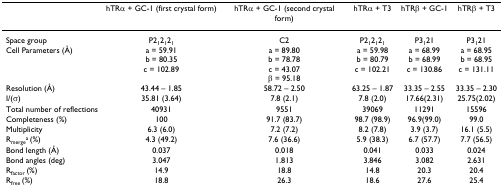
<table><thead><tr><td></td><td><b>hTRα + GC-1 (first crystal form)</b></td><td><b>hTRα + GC-1 (second crystal form)</b></td><td><b>hTRα + T3</b></td><td><b>hTRβ + GC-1</b></td><td><b>hTRβ + T3</b></td></tr></thead><tbody><tr><td>Space group</td><td>P2<sub>1</sub>2<sub>1</sub>2<sub>1</sub></td><td>C2</td><td>P2<sub>1</sub>2<sub>1</sub>2<sub>1</sub></td><td>P3<sub>1</sub>21</td><td>P3<sub>1</sub>21</td></tr><tr><td>Cell Parameters (Å)</td><td>a = 59.91b = 80.35c = 102.89</td><td>a = 89.80b = 78.78c = 43.07β = 95.18</td><td>a = 59.98b = 80.79c = 102.21</td><td>a = 68.99b = 68.99c = 130.86</td><td>a = 68.95b = 68.95c = 131.11</td></tr><tr><td>Resolution (Å)</td><td>43.44 – 1.85</td><td>58.72 – 2.50</td><td>63.25 – 1.87</td><td>33.35 – 2.55</td><td>33.35 – 2.30</td></tr><tr><td>I/(σ)</td><td>35.81 (3.64)</td><td>7.8 (2.1)</td><td>7.8 (2.0)</td><td>17.66(2.31)</td><td>25.75(2.02)</td></tr><tr><td>Total number of reflections</td><td>40931</td><td>9551</td><td>39069</td><td>11291</td><td>15596</td></tr><tr><td>Completeness (%)</td><td>100</td><td>91.7 (83.7)</td><td>98.7 (98.9)</td><td>96.9(99.0)</td><td>99.0</td></tr><tr><td>Multiplicity</td><td>6.3 (6.0)</td><td>7.2 (7.2)</td><td>8.2 (7.8)</td><td>3.9 (3.7)</td><td>16.1 (5.5)</td></tr><tr><td>R<sub>merge</sub><sup>a </sup>(%)</td><td>4.3 (49.2)</td><td>7.6 (36.6)</td><td>5.9 (38.3)</td><td>6.7 (57.7)</td><td>7.7 (56.5)</td></tr><tr><td>Bond length (Å)</td><td>0.037</td><td>0.018</td><td>0.041</td><td>0.033</td><td>0.024</td></tr><tr><td>Bond angles (deg)</td><td>3.047</td><td>1.813</td><td>3.846</td><td>3.082</td><td>2.631</td></tr><tr><td>R<sub>factor </sub>(%)</td><td>14.9</td><td>18.8</td><td>14.8</td><td>20.3</td><td>20.4</td></tr><tr><td>R<sub>free </sub>(%)</td><td>18.8</td><td>26.3</td><td>18.6</td><td>27.6</td><td>25.4</td></tr></tbody></table>